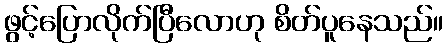
ဖွင့်ပြောလိုက်ပြီလောဟု စိတ်ပူနေသည်။